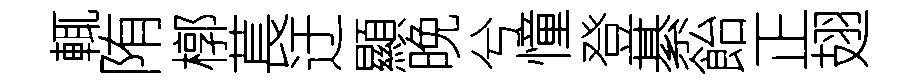
輒陏槨萇迂顯晚兮憧登綦飴正翅